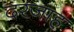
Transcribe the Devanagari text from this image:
दरजाह